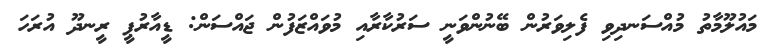
މައުލޫމާތު މުއްސަނދިވި ފެލިވަރުން ބޭނުންވަނީ ސަރުކާރާއި މުވައްޒަފުން ޖައްސަން: ޑީއާރުޕީ ރީނދޫ އުރަހަ